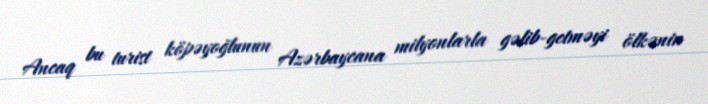
Ancaq bu turist köpəyoğlunun Azərbaycana milyonlarla gəlib-getməyi ölkənin